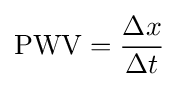
\mathrm {PWV} ={\dfrac {\Delta x}{\Delta t}}